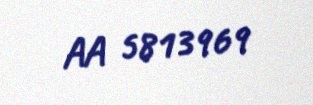
AA 5813969